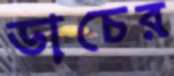
ডাচের